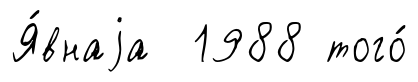
Я́внаjа 1988 того́